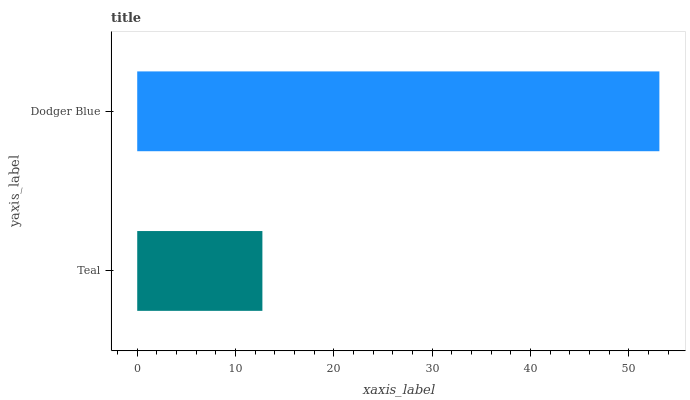
| yaxis_label | bars |
 | --- | --- |
 | Teal | 12.7 |
 | Dodger Blue | 53.1 |